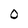
Character: 0